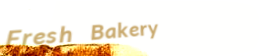
Fresh Bakery